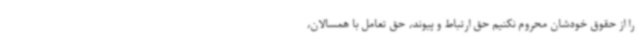
را از حقوق خودشان محروم نکنیم حق ارتباط و پیوند، حق تعامل با همسالان،